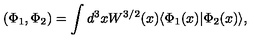
( \Phi _ { 1 } , \Phi _ { 2 } ) = \int d ^ { 3 } x W ^ { 3 / 2 } ( x ) \langle \Phi _ { 1 } ( x ) | \Phi _ { 2 } ( x ) \rangle ,